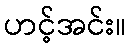
ဟင့်အင်း။